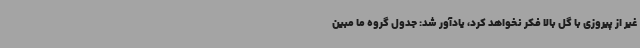
غیر از پیروزی با گل بالا فکر نخواهد کرد، یادآور شد: جدول گروه ما مبین